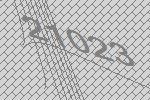
21023